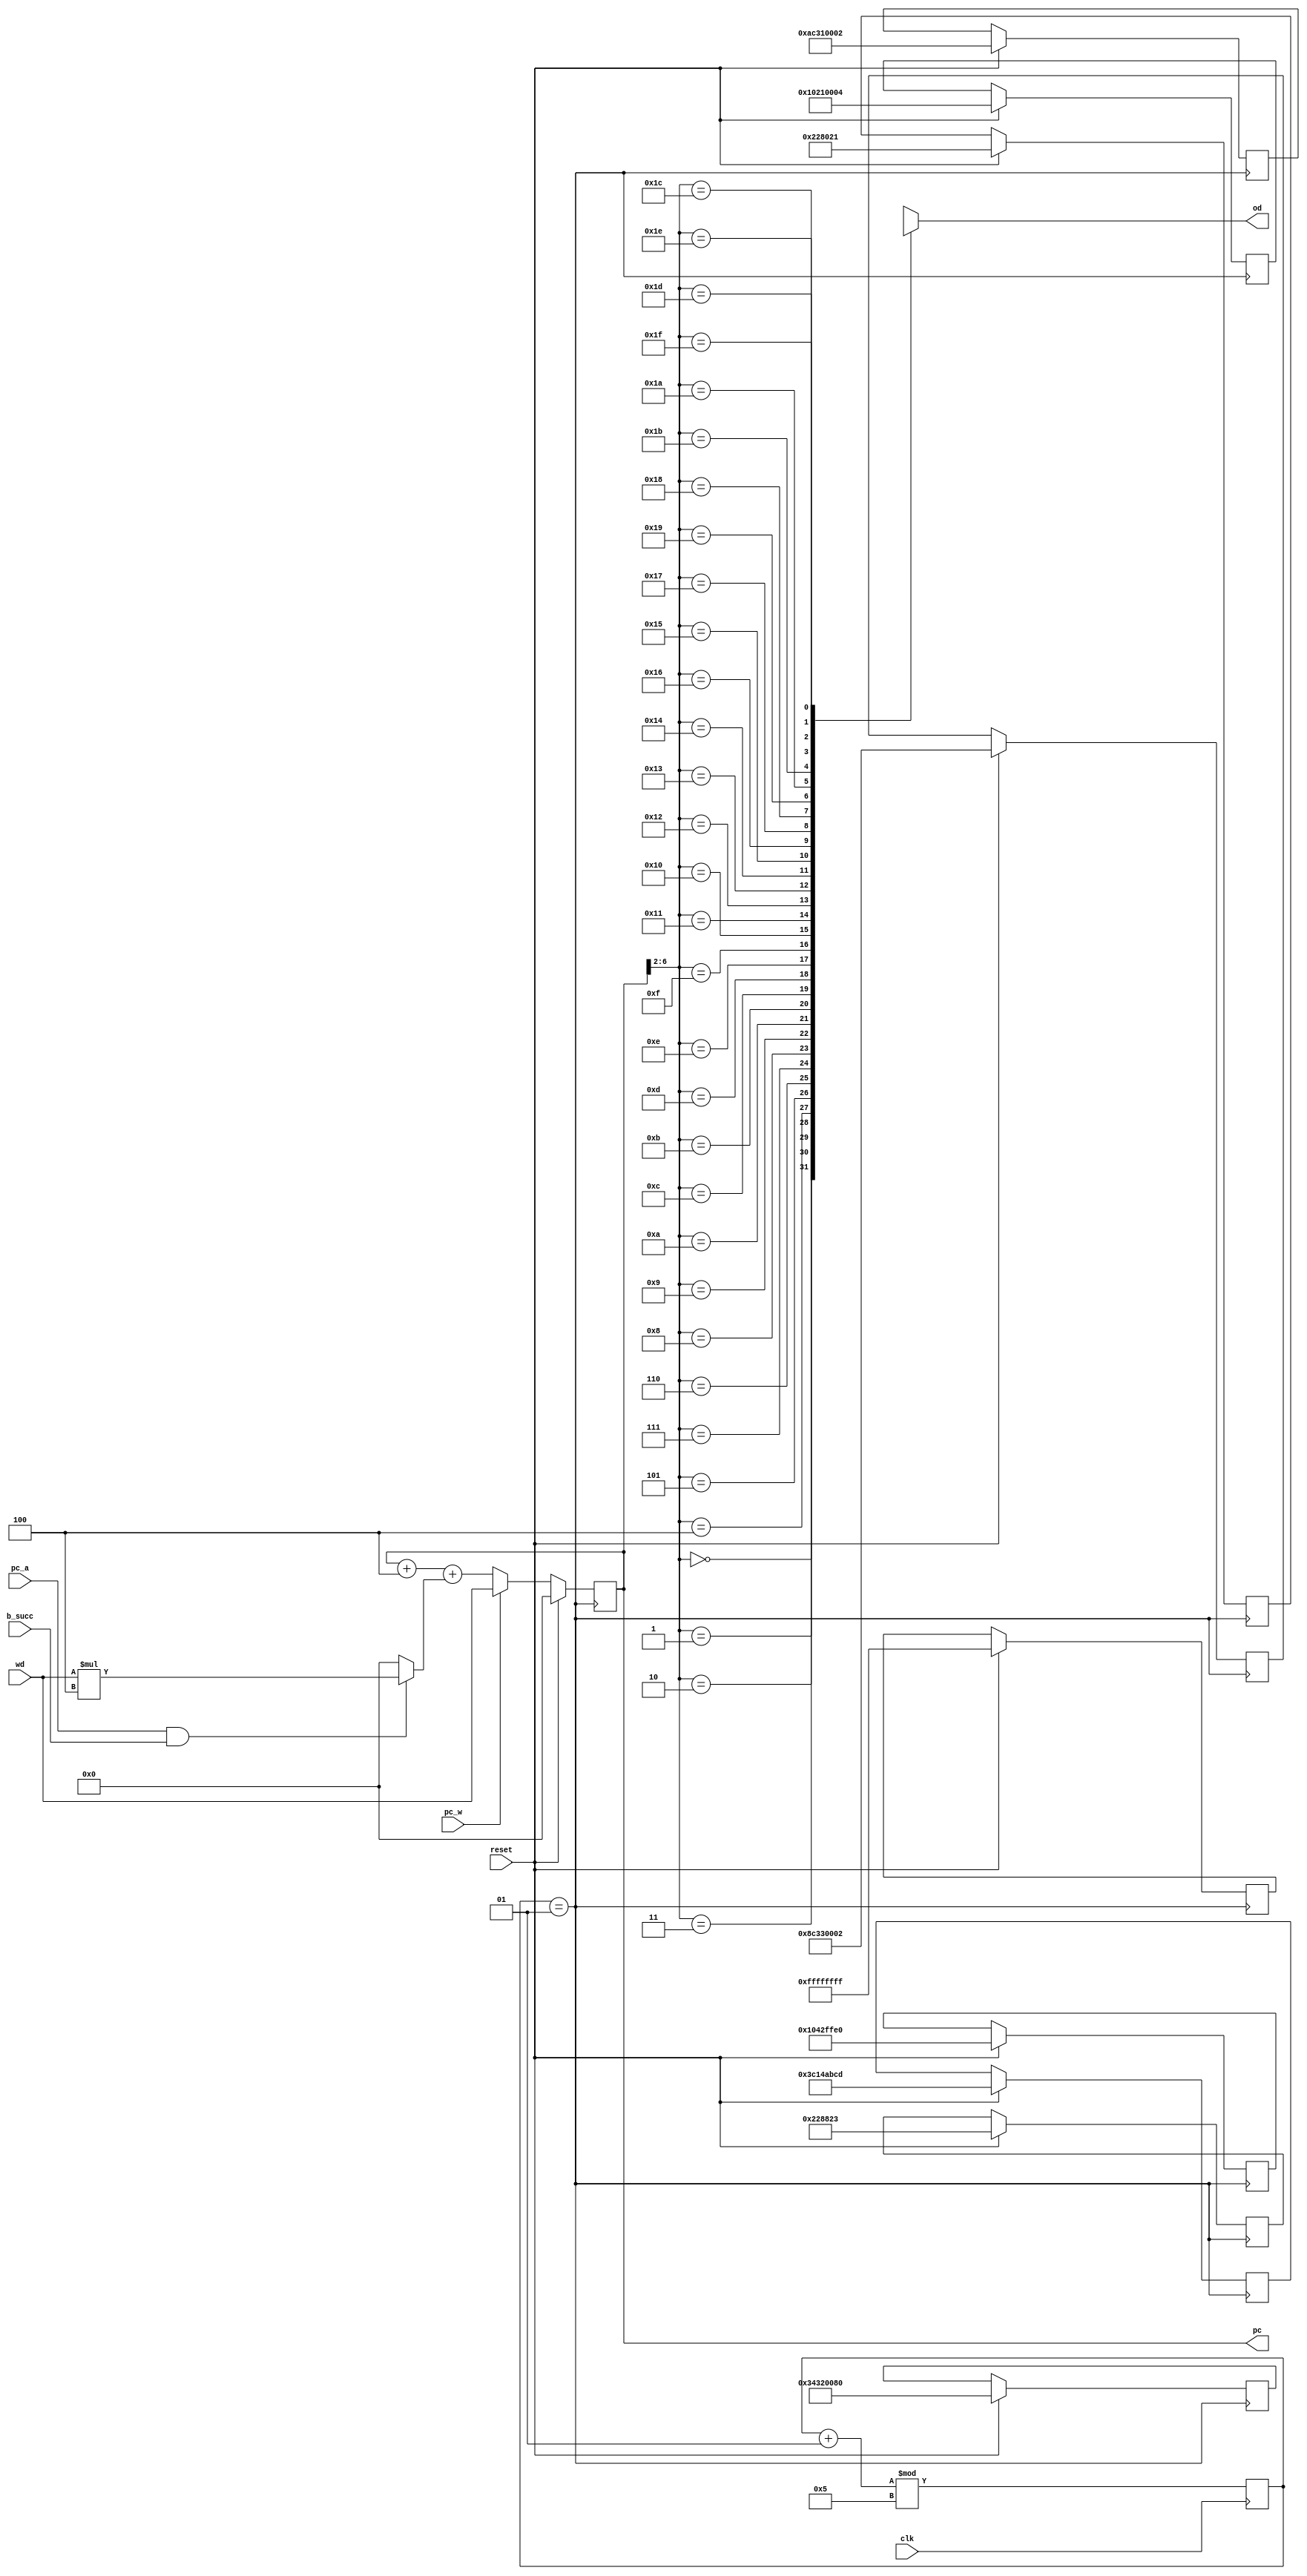
module ifu(
	input wire clk,
	input wire reset,
	input wire pc_w,
	input wire pc_a,
	input wire b_succ,
	input wire [31:0] wd,
	output wire [31:0] od,
	output reg [31:0] pc
);

	reg [31:0] M[0:31];
	reg [31:0] lpc;

	assign od=M[pc[6:2]];

	wire [31:0] pc4;
	assign pc4=pc+4+((pc_a&&b_succ)?(wd*4):0);

	integer sclk=0;
	parameter mo=5;
	wire pclk;
	assign pclk=(sclk==1);
	always @(posedge clk)
	begin
		sclk=(sclk+1)%mo;	
	end

	always @(posedge pclk)
	begin
		if(reset)
		begin
			pc=0;
			M[0]=32'h00228021;
			M[1]=32'h00228823;
			M[2]=32'h34320080;
			M[3]=32'h8c330002;
			M[4]=32'hac310002;
			M[5]=32'h3c14abcd;
			M[6]=32'h10210004;
			M[7]=32'hffffffff;
			M[8]=32'h1042ffe0;
		end
		else
		begin
			$display("ifu: pc%d od0x%h",pc,od);
			pc=pc_w?wd:pc4;
		end
	end
	
endmodule